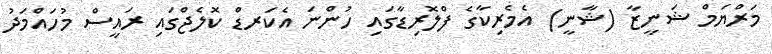
މަރްޔަމް ޝަނީޒާ (ޝާނީ) އެމެރިކާގެ ފްލޮރިޑާގައި ހުންނަ އެކަރޑް ކޮލެޖްގައި ރައީސް މުހައްމަދު